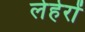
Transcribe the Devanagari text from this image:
लेहेरों